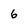
Character: 6